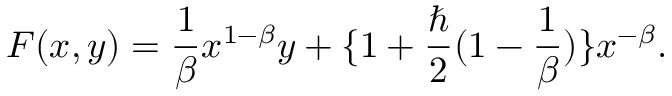
F ( x , y ) = \frac { 1 } { \beta } x ^ { 1 - \beta } y + \{ 1 + \frac { \hbar } { 2 } ( 1 - \frac { 1 } { \beta } ) \} x ^ { - \beta } .